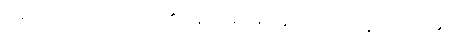
မောင်ဖိုးသာလည်း ၎င်း၏ နောက်မှ မြင်းနှင့် လိုက်ပါသွားရလေ၏။